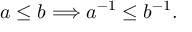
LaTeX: a \leq b \Longrightarrow a ^ { - 1 } \leq b ^ { - 1 } .